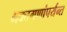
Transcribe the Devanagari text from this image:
भक्तगणांपर्यन्त